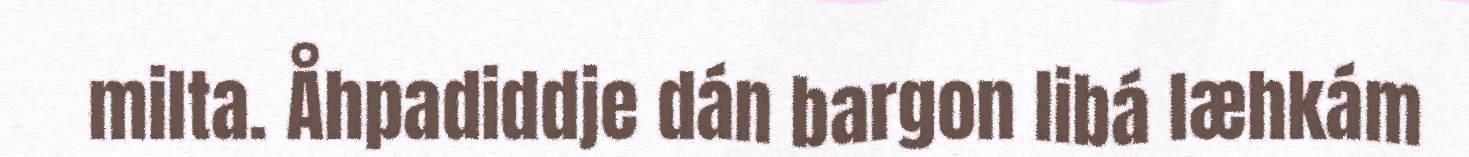
milta. Åhpadiddje dán bargon libá læhkám